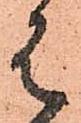
は